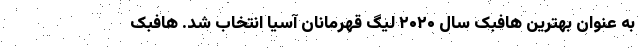
به عنوان بهترین هافبک سال ۲۰۲۰ لیگ قهرمانان آسیا انتخاب شد. هافبک